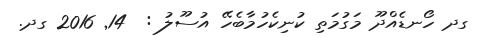
ގދ ހޯނޑެއްދޫ މަގުމަތި ކުނިކެހުމާބެހޭ އުސޫލު :  14